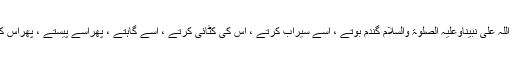
چنانچہ ، حضرت سیِّدُناآدم صفی اللہ عَلٰی نَبِیِّنَاوَعَلَیْہِ الصَّلٰوۃُ وَالسَّلَام گندم بوتے ، اسے سیراب کرتے ، اس کی کٹائی کرتے ، اسے گاہتے ، پھراسے پیستے ، پھراس کاآٹا گوندکر روٹی تیار فرماتے ۔